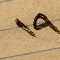
١٩